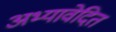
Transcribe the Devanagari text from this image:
अभ्यावेदित